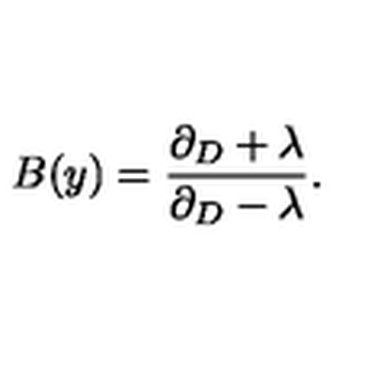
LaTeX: B ( y ) = \frac { \partial _ { D } + \lambda } { \partial _ { D } - \lambda } .